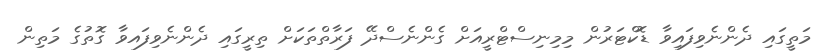
މަތީގައި ދެންނެވިފައިވާ ޑޮކްޓަރުން މިމިނިސްޓްރީއަށް ގެންނެސްދޭ ފަރާތްތަކަށް ތިރީގައި ދެންނެވިފައވާ ގޮތުގެ މަތިން